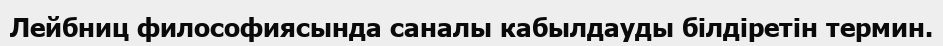
Лейбниц философиясында саналы кабылдауды білдіретін термин.